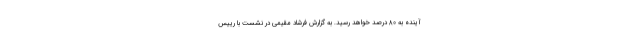
آینده به ۸۰ درصد خواهد رسید. به گزارش فرشاد مقیمی در نشست با رییس